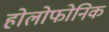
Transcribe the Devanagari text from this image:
होलोफोनिक